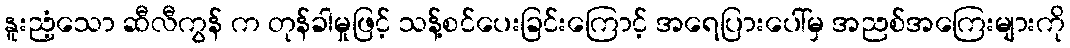
နူးညံ့သော ဆီလီကွန် က တုန်ခါမှုဖြင့် သန့်စင်ပေးခြင်းကြောင့် အရေပြားပေါ်မှ အညစ်အကြေးများကို